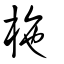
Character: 柂